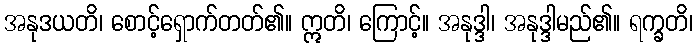
အနုဒယတိ၊ စောင့်ရှောက်တတ်၏။ ဣတိ၊ ကြောင့်။ အနုဒ္ဒါ၊ အနုဒ္ဒါမည်၏။ ရက္ခတိ၊